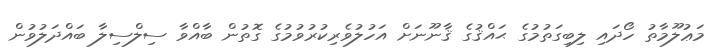
މަޢުލޫމާތު ހޯދައި ލިބިގަތުމުގެ ޙައްޤުގެ ޤާނޫނަށް އަހުލުވެރިކުރުވުމުގެ ގޮތުން ބާއްވާ ސިލްސިލާ ބައްދަލުވުން